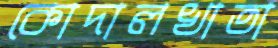
কোদালখাতা